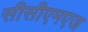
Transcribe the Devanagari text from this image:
सीसीएमएज